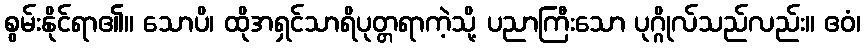
စွမ်းနိုင်ရာ၏။ သောပိ၊ ထိုအရှင်သာရိပုတ္တရာကဲ့သို့ ပညာကြီးသော ပုဂ္ဂိုလ်သည်လည်း။ ဧဝံ၊